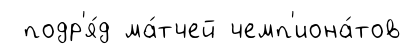
подр'я́д ма́тчей чемп'иона́тов